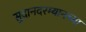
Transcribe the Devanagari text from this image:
सुदानदरम्यानच्या